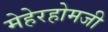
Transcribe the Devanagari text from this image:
मेहेरहोमजी